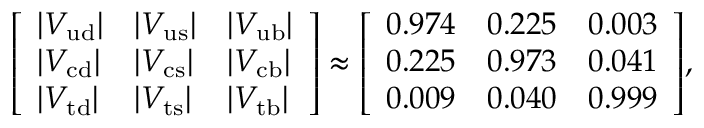
{ \left[ \begin{array} { l l l } { | V _ { \mathrm { u d } } | } & { | V _ { \mathrm { u s } } | } & { | V _ { \mathrm { u b } } | } \\ { | V _ { \mathrm { c d } } | } & { | V _ { \mathrm { c s } } | } & { | V _ { \mathrm { c b } } | } \\ { | V _ { \mathrm { t d } } | } & { | V _ { \mathrm { t s } } | } & { | V _ { \mathrm { t b } } | } \end{array} \right] } \approx { \left[ \begin{array} { l l l } { 0 . 9 7 4 } & { 0 . 2 2 5 } & { 0 . 0 0 3 } \\ { 0 . 2 2 5 } & { 0 . 9 7 3 } & { 0 . 0 4 1 } \\ { 0 . 0 0 9 } & { 0 . 0 4 0 } & { 0 . 9 9 9 } \end{array} \right] } ,